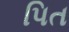
પિત